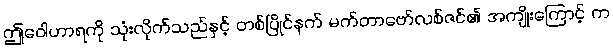
ဤဝေါဟာရကို သုံးလိုက်သည်နှင့် တစ်ပြိုင်နက် မက်တာဗော်လစ်ဇင်၏ အကျိုးကြောင့် က